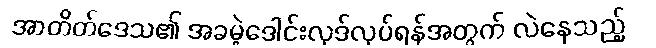
အာတိတ်ဒေသ၏ အခမဲ့ဒေါင်းလုဒ်လုပ်ရန်အတွက် လဲနေသည့်